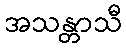
အသန္တာသီ